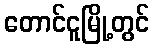
တောင်ငူမြို့တွင်